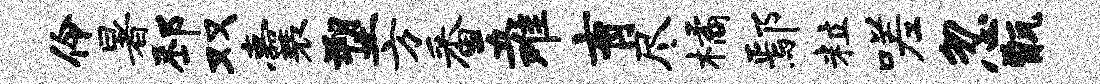
伶暑邳双囊塑方番五难育尽橘鄢粒嗟忽甑